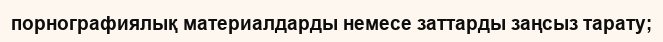
порнографиялық материалдарды немесе заттарды заңсыз тарату;